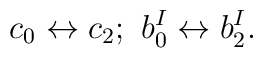
c_0\leftrightarrow c_2;\ b^I_0\leftrightarrow b^I_2.